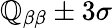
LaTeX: \mathbb{Q}_{\beta\beta}\pm{3\sigma}